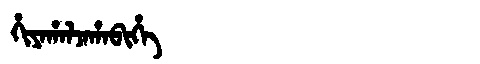
Manchu: ᡥᡳᠶᠠᡥᠠᠯᠵᠠᡥᠠᠪᡳᡥᡝ
Romanization: HIYAHALJAHABIHE